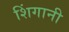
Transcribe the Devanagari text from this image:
शिंगानी